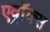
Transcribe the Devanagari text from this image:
एव्रॉक्स